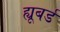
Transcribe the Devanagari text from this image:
ह्यूबर्ड